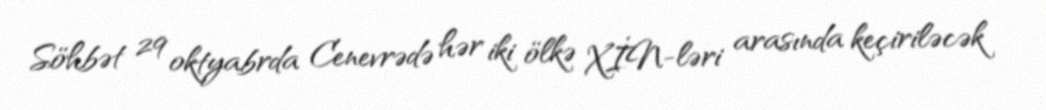
Söhbət 29 oktyabrda Cenevrədə hər iki ölkə XİN-ləri arasında keçiriləcək